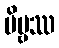
ဗိမ္ဗဿ